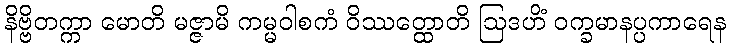
နိဗ္ဗိတက္ကာ မောတိ မဇ္ဇာမိ ကမ္မဝါစကံ ဝိဿတ္ထောတိ ဩဒဟိံ ဝက္ခမာနပ္ပကာရေန